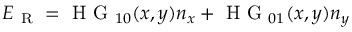
\boldsymbol { E } _ { \mathrm { ~ R ~ } } = \mathrm { ~ H ~ G ~ } _ { 1 0 } ( x , y ) \boldsymbol { n } _ { x } + \mathrm { ~ H ~ G ~ } _ { 0 1 } ( x , y ) \boldsymbol { n } _ { y }